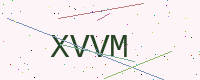
Text: XVVM